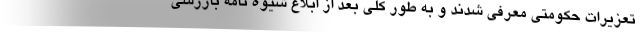
تعزیرات حکومتی معرفی شدند و به طور کلی بعد از ابلاغ شیوه نامه بازرسی